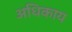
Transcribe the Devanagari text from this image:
अधिकाय